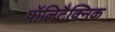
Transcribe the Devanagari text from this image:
पॉलिटैक्निक